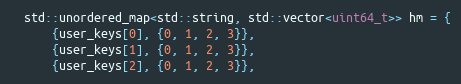
Language: C++
  std::unordered_map<std::string, std::vector<uint64_t>> hm = {
      {user_keys[0], {0, 1, 2, 3}},
      {user_keys[1], {0, 1, 2, 3}},
      {user_keys[2], {0, 1, 2, 3}},